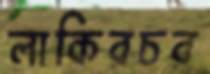
লাকিরচর